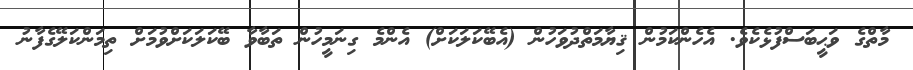
މާތްގެ ވަޙީބަސްފުޅެކެވެ. އެހެންކަމުން ޤިޔާމަތްދުވަހުން (އެބޭކަލަކަށް) އެންމެ ގިނަމީހުން ތަބާވާ ބޭކަލަކަށްވުމަށް ތިމަންކަލޭގެފާނު